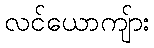
လင်ယောကျ်ား